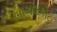
બાગલકોટ